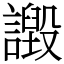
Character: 譭